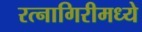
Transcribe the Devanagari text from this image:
रत्नागिरीमध्ये